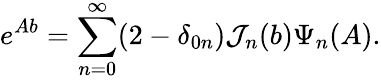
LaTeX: e^{Ab}=\sum_{n=0}^{\infty}(2-\delta_{0n})\mathcal{J}_{n}(b)\Psi_{n}(A).